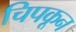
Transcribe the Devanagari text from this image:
चिपकून